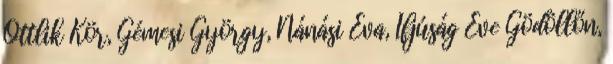
Ottlik Kör, Gémesi György, Nánási Éva, Ifjúság Éve Gödöllőn,